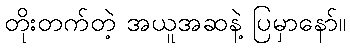
တိုးတက်တဲ့ အယူအဆနဲ့ ပြမှာနော်။